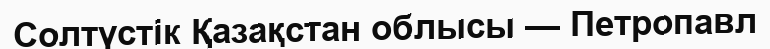
Солтүстік Қазақстан облысы — Петропавл